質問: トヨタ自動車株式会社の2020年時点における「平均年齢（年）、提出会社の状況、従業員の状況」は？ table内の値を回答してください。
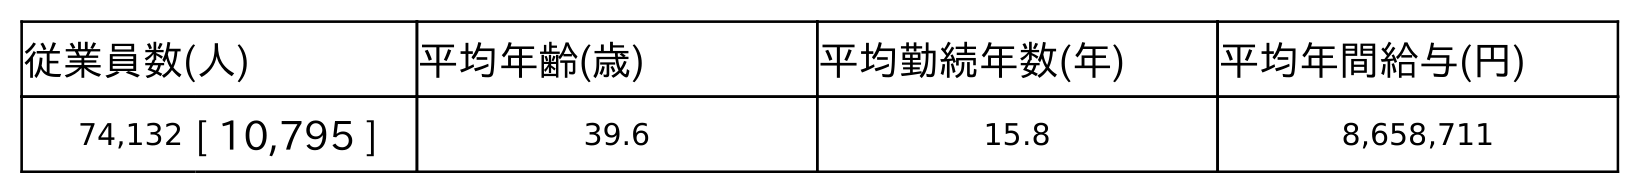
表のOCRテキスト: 従業員数(人) 平均年齢(歳) 平均勤続年数(年) 平均年間給与(円) 74,132 [ 10,795 ] 39.6 15.8 8,658,711
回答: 39.6